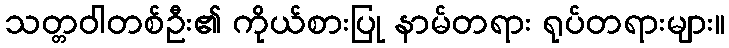
သတ္တဝါတစ်ဦး၏ ကိုယ်စားပြု နာမ်တရား ရုပ်တရားများ။